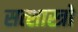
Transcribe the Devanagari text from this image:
सत्शास्त्रो